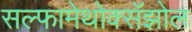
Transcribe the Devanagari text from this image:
सल्फामेथोक्सॅझोल